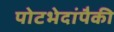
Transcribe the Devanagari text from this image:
पोटभेदांपैकी